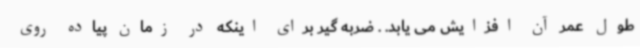
طول عمر آن افزایش می یابد. . ضربه گیر برای اینکه در زمان پیاده روی